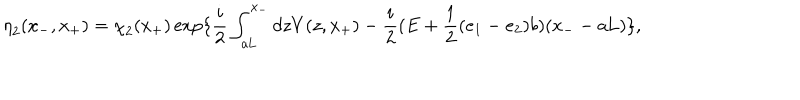
LaTeX: { \eta } _ { 2 } ( x _ { - } , x _ { + } ) = { \chi } _ { 2 } ( x _ { + } ) \exp \{ \frac { i } { 2 } \int _ { a \mathrm { L } } ^ { x _ { - } } d z V ( z , x _ { + } ) - \frac { i } { 2 } ( E + \frac { 1 } { 2 } ( e _ { 1 } - e _ { 2 } ) b ) ( x _ { - } - a \mathrm { L } ) \} ,